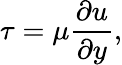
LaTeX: \tau=\mu{\frac{\partial u}{\partial y}},